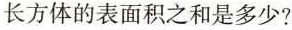
长方体的表面积之和是多少？